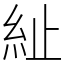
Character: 䊼